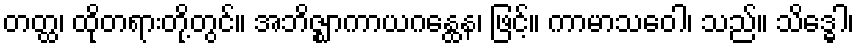
တတ္ထ၊ ထိုတရားတို့တွင်။ အဘိဇ္ဈာကာယဂန္ထေန၊ ဖြင့်။ ကာမာသဝေါ၊ သည်။ သိဒ္ဓေါ၊